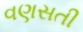
વણસતી